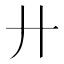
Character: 廾